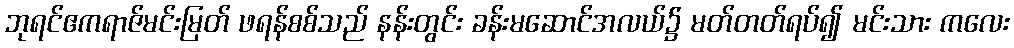
ဘုရင်ဧကရာဇ်မင်းမြတ် ဖရန်စစ်သည် နန်းတွင်း ခန်းမဆောင်အလယ်၌ မတ်တတ်ရပ်၍ မင်းသား ကလေး